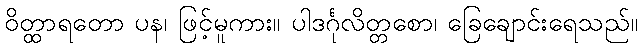
ဝိတ္ထာရတော ပန၊ ဖြင့်မူကား။ ပါဒင်္ဂုလိတ္တစော၊ ခြေချောင်းရေသည်။